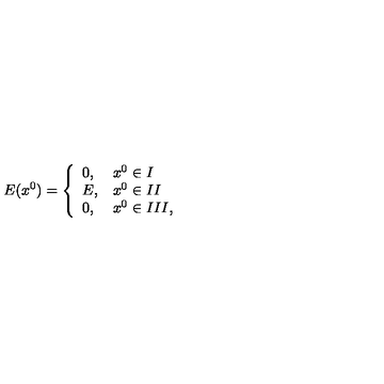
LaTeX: E ( x ^ { 0 } ) = \left\{ \begin{array} { l l } { 0 , } & { x ^ { 0 } \in I } \\ { E , } & { x ^ { 0 } \in I I } \\ { 0 , } & { x ^ { 0 } \in I I I , } \\ \end{array} \right.